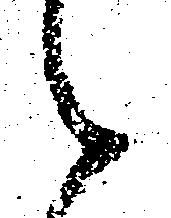
候